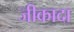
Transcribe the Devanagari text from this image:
जीकादा